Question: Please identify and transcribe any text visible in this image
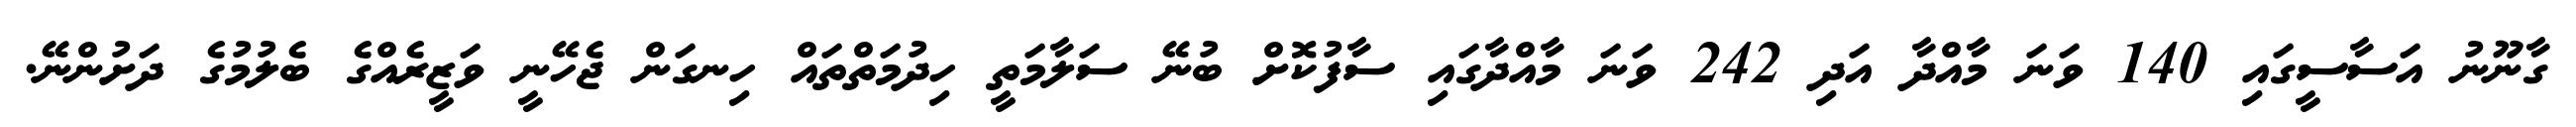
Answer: ގާނޫނު އަސާސީގައި 140 ވަނަ މާއްދާ އަދި 242 ވަނަ މާއްދާގައި ސާފުކޮށް ބުނޭ ސަލާމަތީ ހިދުމަތްތައް ހިނގަން ޖެހޭނީ ވަޒީރެއްގެ ބެލުމުގެ ދަށުންނޭ.